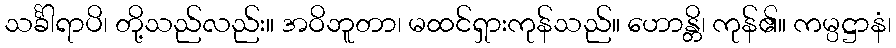
သင်္ခါရာပိ၊ တို့သည်လည်း။ အဝိဘူတာ၊ မထင်ရှားကုန်သည်။ ဟောန္တိ၊ ကုန်၏။ ကမ္ပဋ္ဌာနံ၊